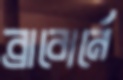
ব্রাবোর্নে